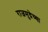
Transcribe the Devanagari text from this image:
राजमुद्रेच्या